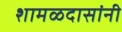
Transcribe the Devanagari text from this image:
शामळदासांनी